Report on vaccination in Madras 1895-1903 - 1895-1903
Year: 1895
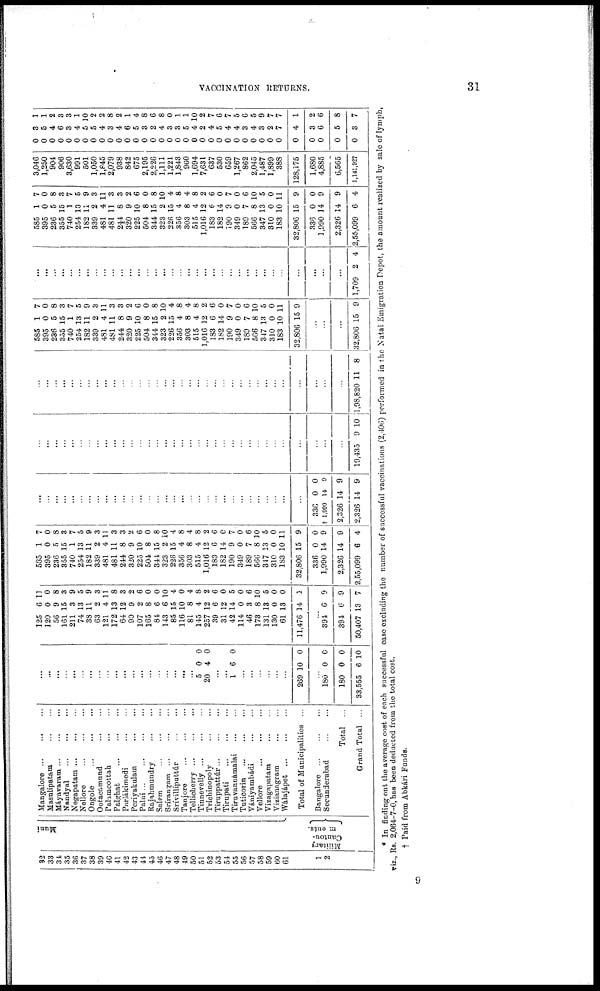
VACCINATION RETURNS.
31
32
33
34
35
36
37
38
39
40
41
42
43
44
45
46
47
48
49
50
51
52
53
54
55
56 57
58
59 60
61
1
2
Muni
Military
Cantou-
ments
Mangalore
...
...
...
Masulipatam
...
...
Máyavaram ... ... ...
Nandyal
...
...
...
Negapatam
...
...
...
Nellore
...
...
...
Ongole
...
...
...
Ootacamund ... ...
Palamcottah
...
...
Palghat
...
...
...
Parlákimedi ... ...
Periyakulam
...
...
Palni
...
...
...
Rajahmundry ... ...
Salem
...
...
...
Srírangam ... ... ...
Srívillipattúr
...
...
Tanjore
...
...
...
Tellicherry
...
...
...
Tinnevelly
...
...
...
Trichinopoly
...
...
Tiruppattúr... ... ...
Tirupati ... ... ...
Tiruvannamalai
...
...
Tuticorin ... ... ...
Vániyambádi
...
...
Vellore
...
...
...
Vizagapatam
...
...
Vizianagram
...
...
Wálajápet
...
...
...
Total of Manicipalities ...
Bangalore
...
...
...
Secunderabad
...
...
Total ...
Grand Total ...
...
...
...
...
...
...
...
...
...
...
...
...
...
...
...
...
...
...
...
5
20
0
4
0
0
...
...
1 6 0
...
...
...
...
...
...
269 10 0
...
180
180
33,555
0
0
6
0
0
10
125
120
56
161
211
74
38
63
121
172
64
90
107
165
84
143
85
116
81
145
257
39
31
42
114
46
173
131
130
61
11,476
6
0
9
15
3
13
11
2
4
13
12
9
2
8
6
6
15
10
8
4
12
6
12
14
0
3
8
13
0
13
14
11
0
8
3
9
5
9
3
11
8
3
2
6
0
0
10
4
0
4
8
2
6
0
5
0
6
10
5
0
0
1
...
394
394
50,407
6
6
13
9
9
7
585
395
236
355
740
254
182
339
481
481
244
320
225
504
341
323
226
356
303
515
1,016
183
182
190
349
189
566
317
310
183
32,806
336
1,990
2,326
2,55,099
1
0
5
15
1
13
11
2
4
11
8
9
10
8
15
2
15
4
8
4
12
6
14
9
0
7
8
13
0
10
15
0
14
14
6
7
0
8
3
7
5
9
3
11
3
3
2
6
0
8
10
4
8
4
8
2
6
0
7
0
6
10
5
0
11
9
0
9
9
4
...
...
...
...
...
...
...
...
...
...
...
...
...
...
...
...
...
...
...
...
...
...
...
...
...
...
...
...
...
...
...
336
†1,090
2,326
2,326
0
14
14
14
0
9
9
9
...
...
...
...
...
...
...
...
...
...
...
...
...
...
...
...
...
...
...
...
...
...
...
...
...
...
...
...
...
...
...
...
...
...
19,435 9 10
...
...
...
...
...
...
...
...
...
...
...
...
...
...
...
...
...
...
...
...
...
...
...
...
...
...
...
...
...
...
...
...
...
...
1,98,820 11 8
585
395
236
355
740
254
182
339
481
481
244
320
225
504
344
323
226
356
303
515
1,016
183
182
190
349
189
566
347
310
183
32,806
1
0
5
15
1
13
11
2
4
11
8
9
10
8
15
2
15
4
8
4
12
6
14
9
0
7
8
13
0
10
15
7
0
8
3
7
5
9
3
11
3
3
2
6
0
8
10
4
8
4
8
2
6
0
7
0
6
10
5
0
11
9
...
...
...
32,806 15 9
...
...
...
...
...
...
...
...
...
...
...
...
...
...
...
...
...
...
...
...
...
...
...
...
...
...
...
...
...
...
...
...
...
...
1,709 2 4
585
395
236
355
740
254
182
339
481
481
244
320
225
504
344
323
226
356
303
515
1,016
183
182
190
349
189
566
347
310
183
32,806
336
1,990
2,326
2,55,099
1
0
5
15
1
13
11
2
4
11
8
9
10
8
15
2
15
4
8
4
12
6
14
9
0
7
8
13
0
10
15
0
14
14
6
7
0
8
3
7
5
9
3
11
3
3
2
6
0
8
10
4
8
4
8
2
6
0
7
0
6
10
5
0
11
9
0
9
9
4
3,046
1,250
904
906
3,630
991
501
1,050
1,845
2,079
938
842
675
2,195
2,226
1,111
1,221
1,843
960
1,694
7,631
637
530
659
1,267
862
2,045
1,487
1,899
388
128,175
1,680
4,885
6,565
1,141,927
0
0
0
0
0
0
0
0
0
0
0
0
0
0
0
0
0
0
0
0
0
0
0
0
0
0
0
0
0
0
0
0
0
0
0
3
5
4
6
3
4
5
5
4
3
4
6
5
3
2
4
3
3
5
4
2
4
5
4
4
3
4
3
2
7
4
3
6
5
3
1
1
2
3
3
1
10
2
2
8
2
1
4
8
6
8
0
1
1
10
2
7
6
7
5
6
5
9
7
7
1
2
6
8
7
* In finding out the average cost of each successful case excluding the number of successful vaccinations (2,406) performed in the Natal Emigration Depot, the amount realized by sale of lymph,
viz., Rs. 2,064-7-0, has been deducted from the total cost.
† Paid from Abkári Funds.
9